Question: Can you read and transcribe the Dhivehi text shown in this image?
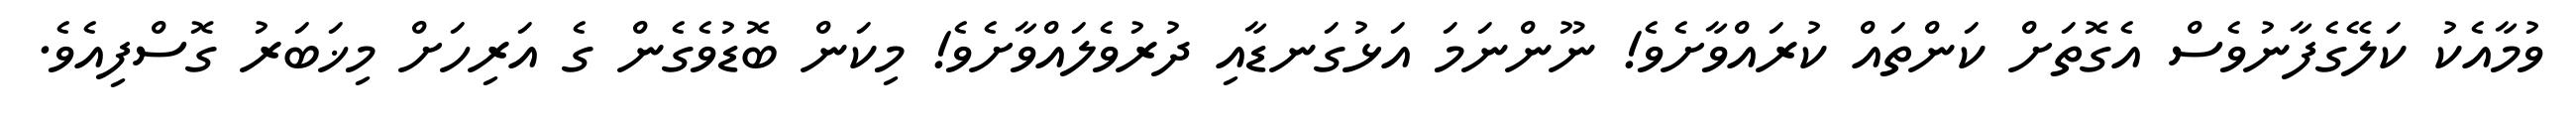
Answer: ވުމާއެކު ކަލޭގެފާނުވެސް އެގޮތަށް ކަންތައް ކުރައްވާށެވެ! ނޫންނަމަ އަޅުގަނޑާއި ދުރުވެލައްވާށެވެ! މިކަން ބޮޑުވެގެން ގެ އަރިހަށް މިޚަބަރު ގޮސްފިއެވެ.